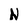
Character: N